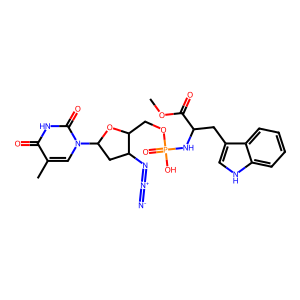
SMILES: COC(=O)C(Cc1c[nH]c2ccccc12)NP(=O)(O)OCC1OC(n2cc(C)c(=O)[nH]c2=O)CC1N=[N+]=[N-]
Inhibits HIV replication: Yes